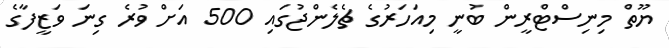
ޔޫތް މިނިސްޓްރީން ބުނީ މިއަހަރުގެ ޗެލެންޖުގައި 500 އަށް ވުރެ ގިނަ ވަޒީފާގެ